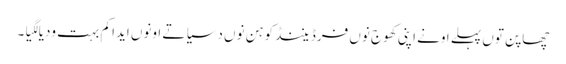
چھاپن توں پہلے اونے اپنی کھوج نوں فرڈیننڈ کوہن نوں دسیا تے اونوں ایدا کم بہت ودیا لگیا۔